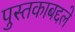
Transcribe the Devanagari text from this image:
पुस्तकाबद्दले